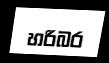
හරිබර